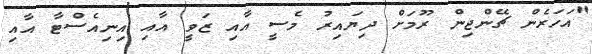
"އަހަރެން ޗޭންޖިން ރޫމަށް ދިޔައިރު މެސީ އާއި ޒަވީ އާއި އިނިއެސްޓާ އާއި